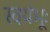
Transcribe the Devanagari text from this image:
स्वयंभूः